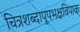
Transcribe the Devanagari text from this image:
चित्रशब्दापूपभक्षविपाक